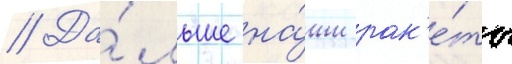
// Да́льше на́ши рак'е́ты